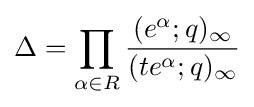
\Delta =\prod _{\alpha \in R}{(e^{\alpha };q)_{\infty } \over (te^{\alpha };q)_{\infty }}